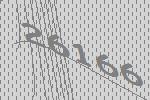
26166